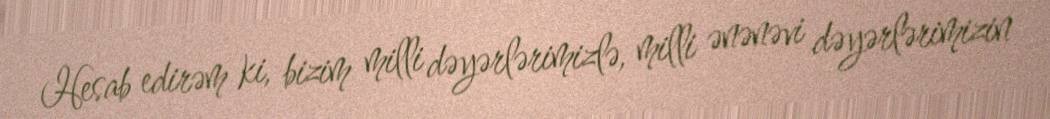
Hesab edirəm ki, bizim milli dəyərlərimizlə, milli ənənəvi dəyərlərimizin